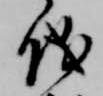
儀